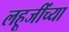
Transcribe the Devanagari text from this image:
लहूजींच्या